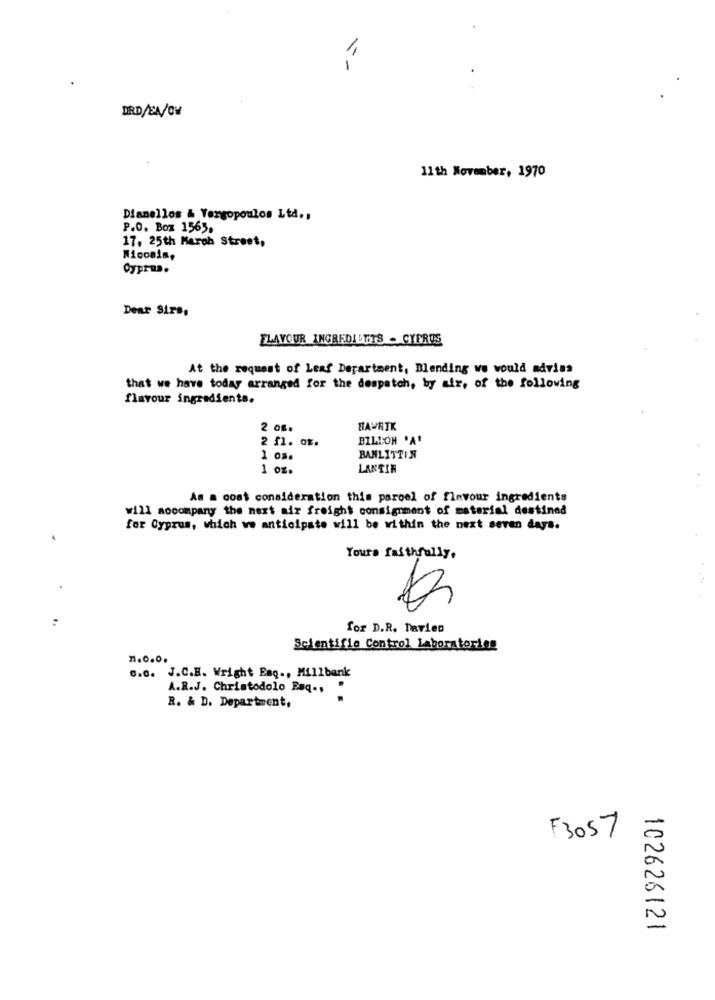
1
DRD/EA/OM
11th November, 1970
Dianellos & Vergopoulos Ltd .,
P.O. Box 1565,
17. 25th March Street,
Nicosim,
Cyprus.
Dear Sirs,
FLAVOUR INGREDILOTS - CYPRUS
At the request of Leaf Department, Blending we would advies
that we have today arranged for the despatch, by air, of the following
flavour ingredients.
2 om.
HAWHIK
BILLON 'A'
2 f1. OF.
1 os.
BANLITTIN
1 oz.
LAKTIR
As a cost consideration this parool of flavour ingredients
will aocompany the next air freight consignment of material destined
for Cyprus, which we anticipate will be within the next seven days.
Yours faithfully.
for D.R. Marien
Scientific Control Laboratories
1.0.0.
6.0. J.C.E. Wright Esq ., Millbank
A.R.J. Christodolo Baq -, "
R. & D. Department,
F3057
102626121